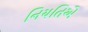
નિયતિએ